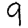
Digit: 9